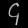
Digit: ၄